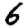
Digit: 6